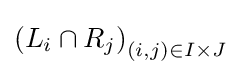
\left(L_{i}\cap R_{j}\right)_{(i,j)\in I\times J}